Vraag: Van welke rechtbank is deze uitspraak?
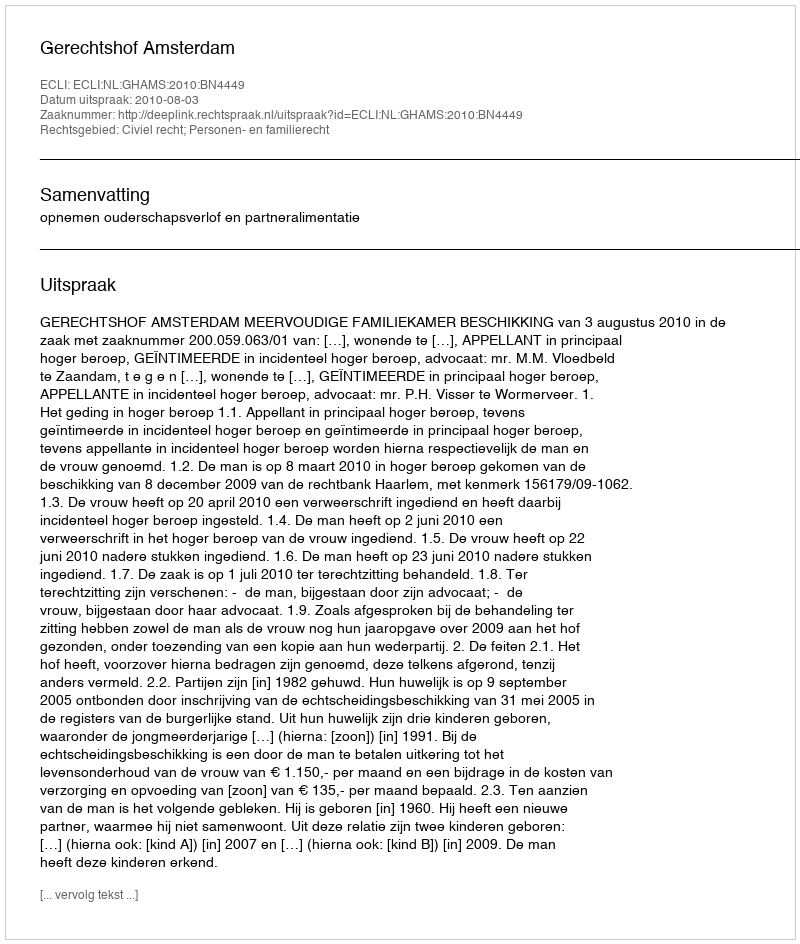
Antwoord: Gerechtshof Amsterdam